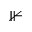
\nVdash